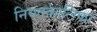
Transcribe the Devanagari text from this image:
नियतकालिका